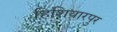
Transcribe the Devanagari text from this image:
हिशियारपुर